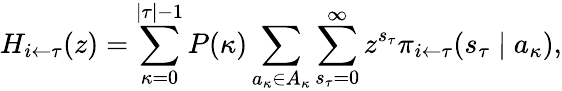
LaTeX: H_{i\leftarrow\tau}(z)=\sum_{\kappa=0}^{|\tau|-1}P(\kappa)\sum_{a_{\kappa}\in A_{\kappa}}\sum_{s_{\tau}=0}^{\infty}z^{s_{\tau}}\pi_{i\leftarrow\tau}(s_{\tau}\mid a_{\kappa}),